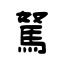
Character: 駑